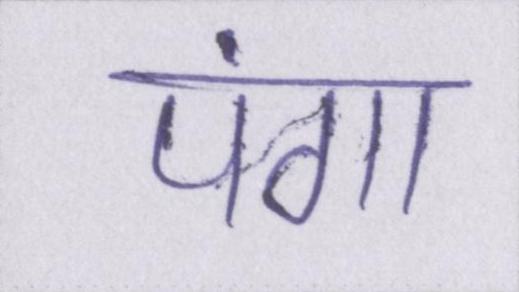
पंगा